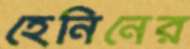
হেনিনের